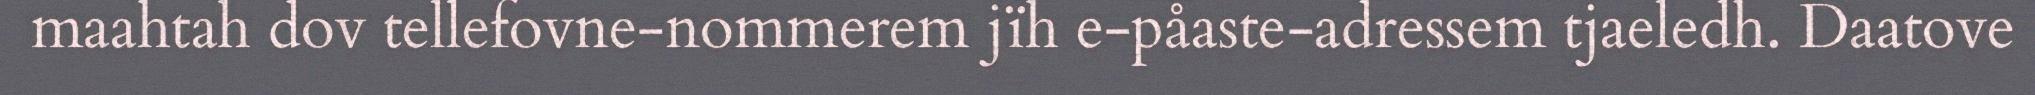
maahtah dov tellefovne-nommerem jïh e-påaste-adressem tjaeledh. Daatove